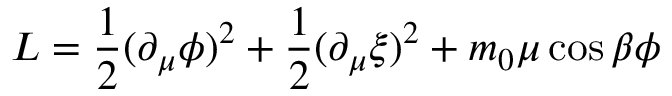
{ \cal L } = \frac { 1 } { 2 } ( \partial _ { \mu } \phi ) ^ { 2 } + \frac { 1 } { 2 } ( \partial _ { \mu } \xi ) ^ { 2 } + m _ { 0 } \mu \cos \beta \phi